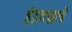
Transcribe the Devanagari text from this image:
इंद्रवज्राचे